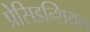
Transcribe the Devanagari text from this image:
प्रेसिडन्शियल